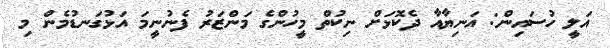
އަލީ ހުސައިން: އަނިޔާއާ ދެކޮޅަށް ނިކުތް މީހުންގެ މަންޒަރު ފެނުނީމަ އަޅުގަނޑުމެން މި